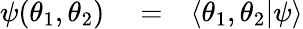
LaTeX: \begin{array}{rlr}{\psi(\theta_{1},\theta_{2})}&{{}=}&{\langle\theta_{1},\theta_{2}|\psi\rangle}\end{array}